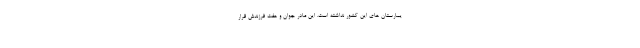
یمارستان های این کشور نداشته است. این مادر جوان و هفت فرزندش قرار